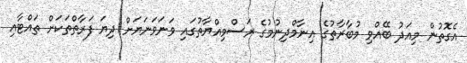
އެގޮތުން މިއަދު ބޭއްވި މުބާރާތުގެ އިނާމްދިނުމުގެ ރަސްމިއްޔާތުގައި ވަނަވަނަޔަށް ދިޔަ ފަރާތްތަކަށް ތައްޓާއި